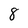
Character: 8